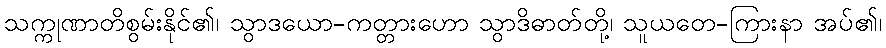
သက္ကုဏာတိစွမ်းနိုင်၏၊ သွာဒယော-ကတ္တားဟော သွာဒိဓာတ်တို့၊ သူယတေ-ကြားနာ အပ်၏၊